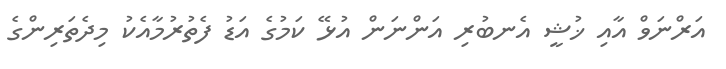
އަރްނަވް އާއި ޚުޝީ އެނބުރި އަންނަން އުޅޭ ކަމުގެ އަޑު ފެތުރުމާއެކު މިދެތަރިންގެ